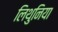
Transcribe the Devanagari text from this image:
लिथुनिया